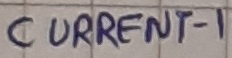
Text: CURRENT-1